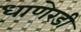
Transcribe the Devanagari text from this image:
धाणेरडी